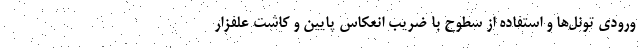
ورودی تونل‌ها و استفاده از سطوح با ضریب انعکاس پایین و کاشت علفزار